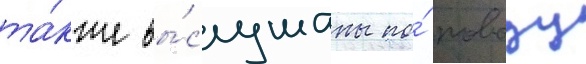
та́кже вы́слушаны по́ поводу